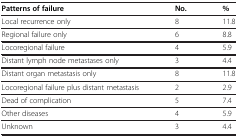
<table><thead><tr><td><b>Patterns of failure</b></td><td><b>No.</b></td><td><b>%</b></td></tr></thead><tbody><tr><td>Local recurrence only</td><td>8</td><td>11.8</td></tr><tr><td>Regional failure only</td><td>6</td><td>8.8</td></tr><tr><td>Locoregional failure</td><td>4</td><td>5.9</td></tr><tr><td>Distant lymph node metastases only</td><td>3</td><td>4.4</td></tr><tr><td>Distant organ metastasis only</td><td>8</td><td>11.8</td></tr><tr><td>Locoregional failure plus distant metastasis</td><td>2</td><td>2.9</td></tr><tr><td>Dead of complication</td><td>5</td><td>7.4</td></tr><tr><td>Other diseases</td><td>4</td><td>5.9</td></tr><tr><td>Unknown</td><td>3</td><td>4.4</td></tr></tbody></table>